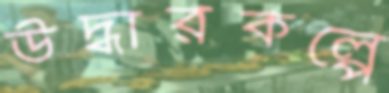
উদ্ধারকল্পে